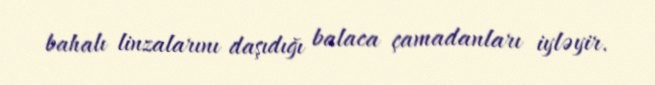
bahalı linzalarını daşıdığı balaca çamadanları iyləyir.